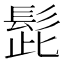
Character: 髭